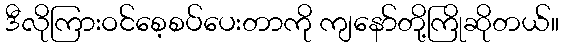
ဒီလိုကြားဝင်စေ့စပ်ပေးတာကို ကျနော်တို့ကြိုဆိုတယ်။